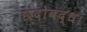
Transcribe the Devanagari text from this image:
छंदोबद्ध।